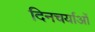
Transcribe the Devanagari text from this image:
दिनचर्याओं